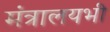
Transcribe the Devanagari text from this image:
मंत्रालयभी